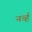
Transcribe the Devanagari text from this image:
नर्व्ह